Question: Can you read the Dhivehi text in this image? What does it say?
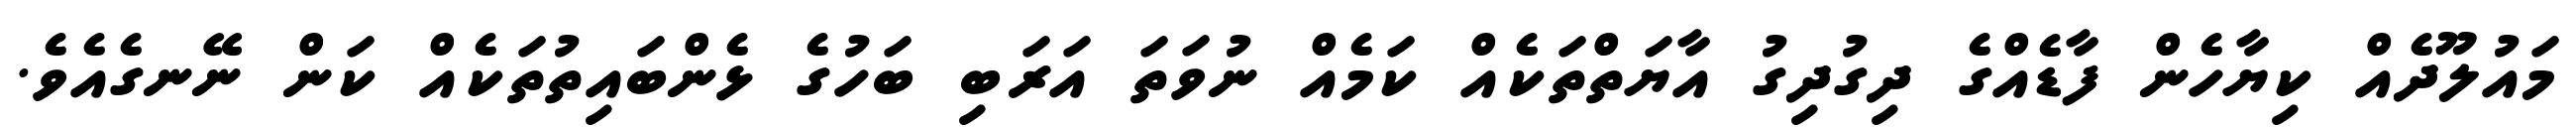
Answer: މައުލޫދެއް ކިޔާހެން ފާޑެއްގެ ދިގުދިގު އާޔަތްތަކެއް ކަމެއް ނުވަތަ އަރަބި ބަހުގެ ޅެންބައިތުތަކެއް ކަން ނޭނގެއެވެ.